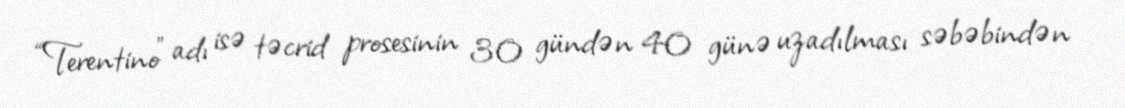
“Terentino” adı isə təcrid prosesinin 30 gündən 40 günə uzadılması səbəbindən